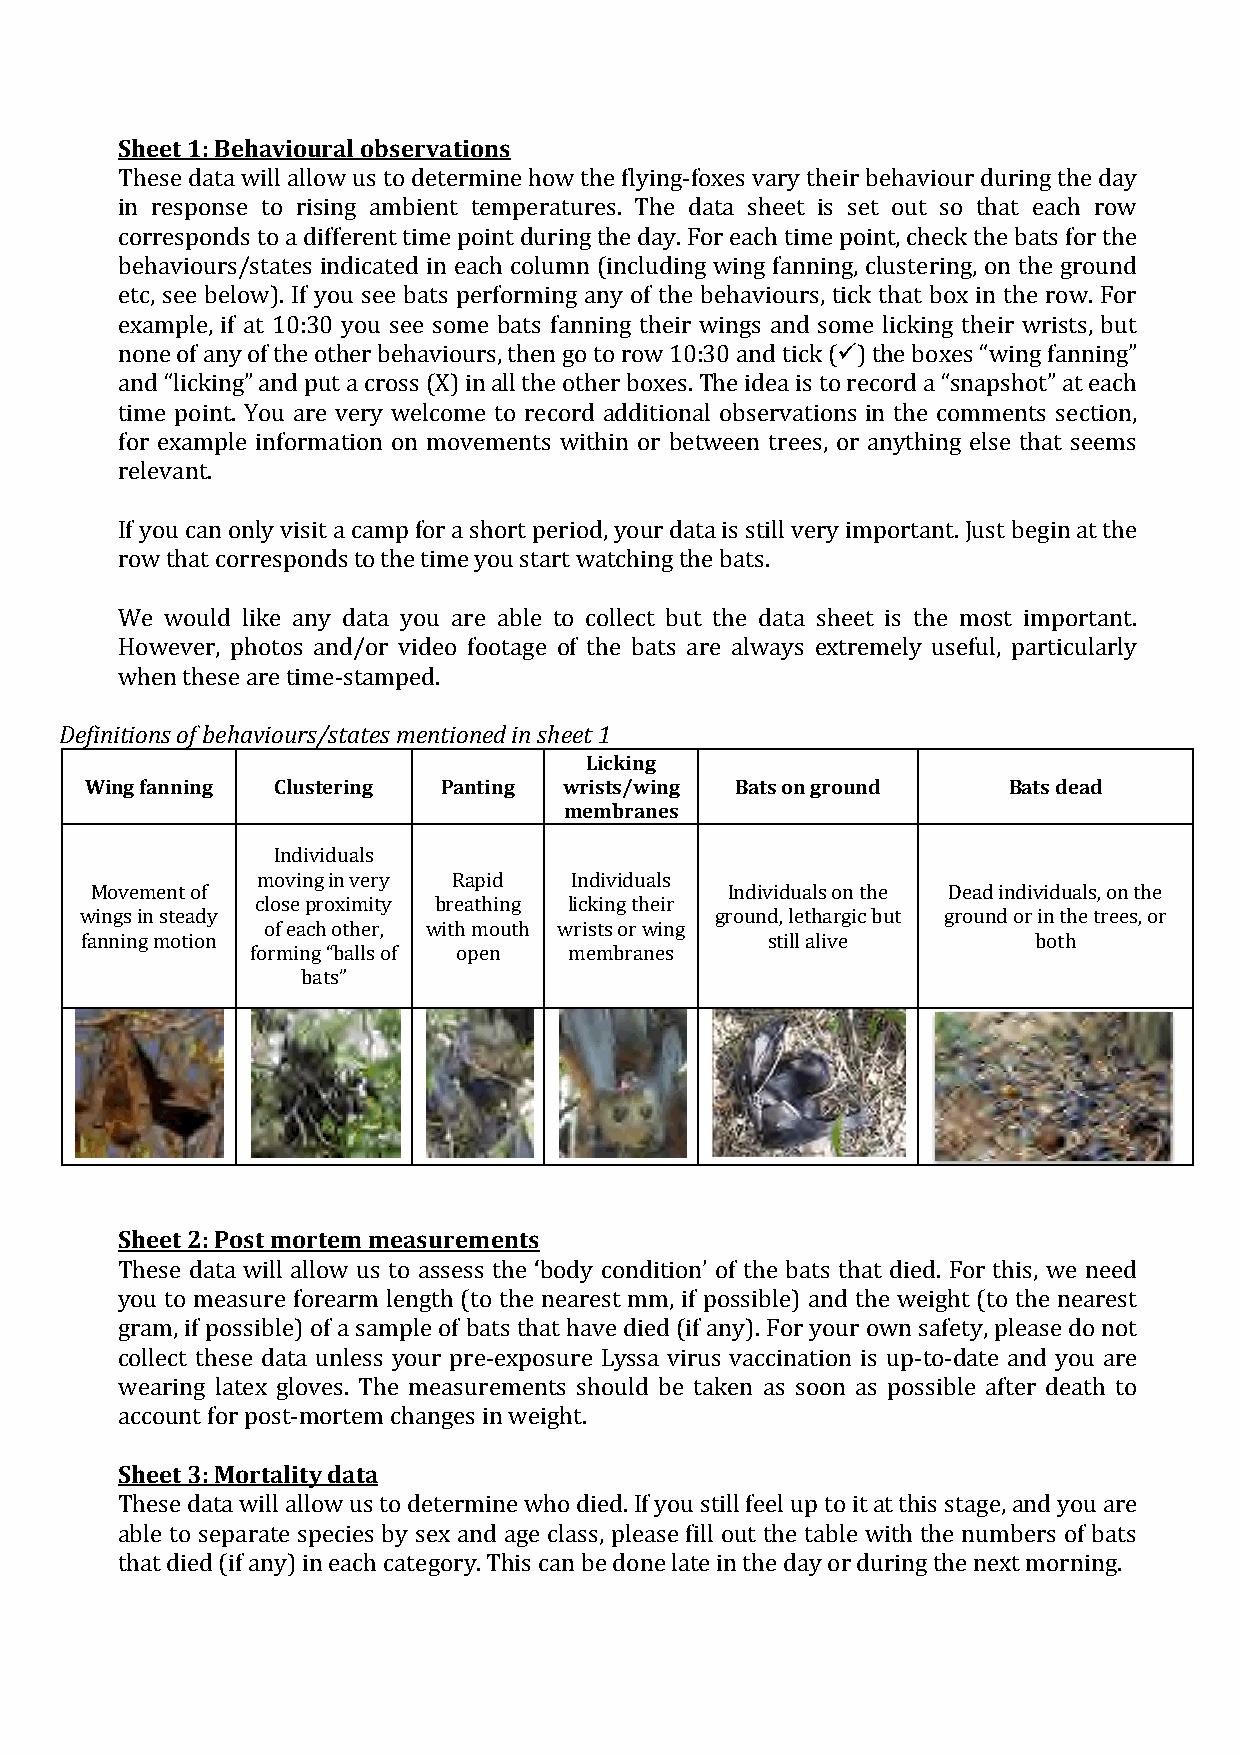
Sheet 1: Behavioural observations
 These data will allow us to determine how the flying-foxes vary their behaviour during the day
 in response to rising ambient temperatures. The data sheet is set out so that each row
 corresponds to a different time point during the day. For each time point, check the bats for the
 behaviours/states indicated in each column (including wing fanning, clustering, on the ground
 etc, see below). If you see bats performing any of the behaviours, tick that box in the row. For
 example, if at 10:30 you see some bats fanning their wings and some licking their wrists, but
 none of any of the other behaviours, then go to row 10:30 and tick ( ) the boxes “wing fanning”
 and “licking” and put a cross (X) in all the other boxes. The idea is to record a “snapshot” at each
 time point. You are very welcome to record additional observations in the comments section,
 for example information on movements within or between trees, or anything else that seems
 relevant.
 If you can only visit a camp for a short period, your data is still very important. Just begin at the
 row that corresponds to the time you start watching the bats.
 We would like any data you are able to collect but the data sheet is the most important.
 However, photos and/or video footage of the bats are always extremely useful, particularly
 Definiwtiohnesn o tfh beeshe aavrieo utirms/es-tsattaems pmeedn. tioned in sheet 1
 Licking
 Wing fanning Clustering Panting wrists/wing Bats on ground   Bats dead
 membranes
 Individuals
 moving in very Rapid Individuals
 Movement of                               Individuals on the Dead individuals, on the
 close proximity breathing licking their
 wings in steady                           ground, lethargic but ground or in the trees, or
 of each other, with mouth wrists or wing
 fanning motion                                still alive      both
 forming “balls of open membranes
 bats”
 Sheet 2: Post mortem measurements
 These data will allow us to assess the ‘body condition’ of the bats that died. For this, we need
 you to measure forearm length (to the nearest mm, if possible) and the weight (to the nearest
 gram, if possible) of a sample of bats that have died (if any). For your own safety, please do not
 collect these data unless your pre-exposure Lyssa virus vaccination is up-to-date and you are
 w earing latex gloves. The measurements should be taken as soon as possible after death to
 aSchceoeutn 3t: f Moro protastl-imtyo dratetma changes in weight.
 These data will allow us to determine who died. If you still feel up to it at this stage, and you are
 able to separate species by sex and age class, please fill out the table with the numbers of bats
 that died (if any) in each category. This can be done late in the day or during the next morning.